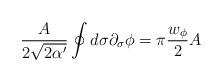
LaTeX: \begin{align*}\frac{A}{2\sqrt{2\alpha'}}\oint d\sigma \partial_\sigma \phi=\pi\frac{w_\phi}{2}A\end{align*}